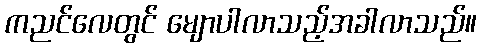
ကညင်လေတွင် မျောပါလာသည့်အခါလာသည်။